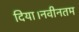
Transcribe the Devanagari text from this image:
दिया।नवीनतम